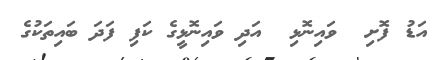
އަޑު ފޮށި  ވައިނޮޅި  އަދި ވައިނޮޅީގެ ކަފި ފަދަ ބައިތަކުގެ